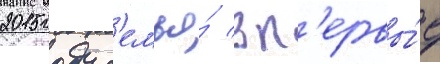
2015 году с'емья́ вп'ервы́е